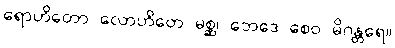
ရောဟိတော လောဟိတေ မစ္ဆ၊ ဘေဒေ စေဝ မိဂန္တရေ။